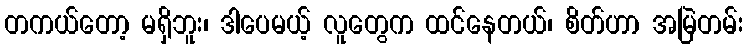
တကယ်တော့ မရှိဘူး၊ ဒါပေမယ့် လူတွေက ထင်နေတယ်၊ စိတ်ဟာ အမြဲတမ်း